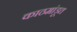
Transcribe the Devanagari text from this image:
काठमांडूत